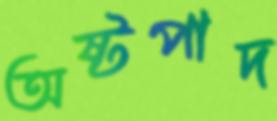
অষ্টপাদ